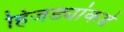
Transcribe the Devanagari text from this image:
हिजड्यांकडे